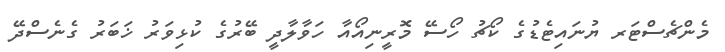
މެންޗެސްޓަރ ޔުނައިޓެޑުގެ ކޯޗު ހޯސޭ މޮރީނިއޯއާ ހަވާލާދީ ބޭރުގެ ކުޅިވަރު ޚަބަރު ގެނެސްދޭ